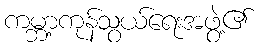
ကမ္ဘာ့ကုန်သွယ်ရေးအဖွဲ့၏